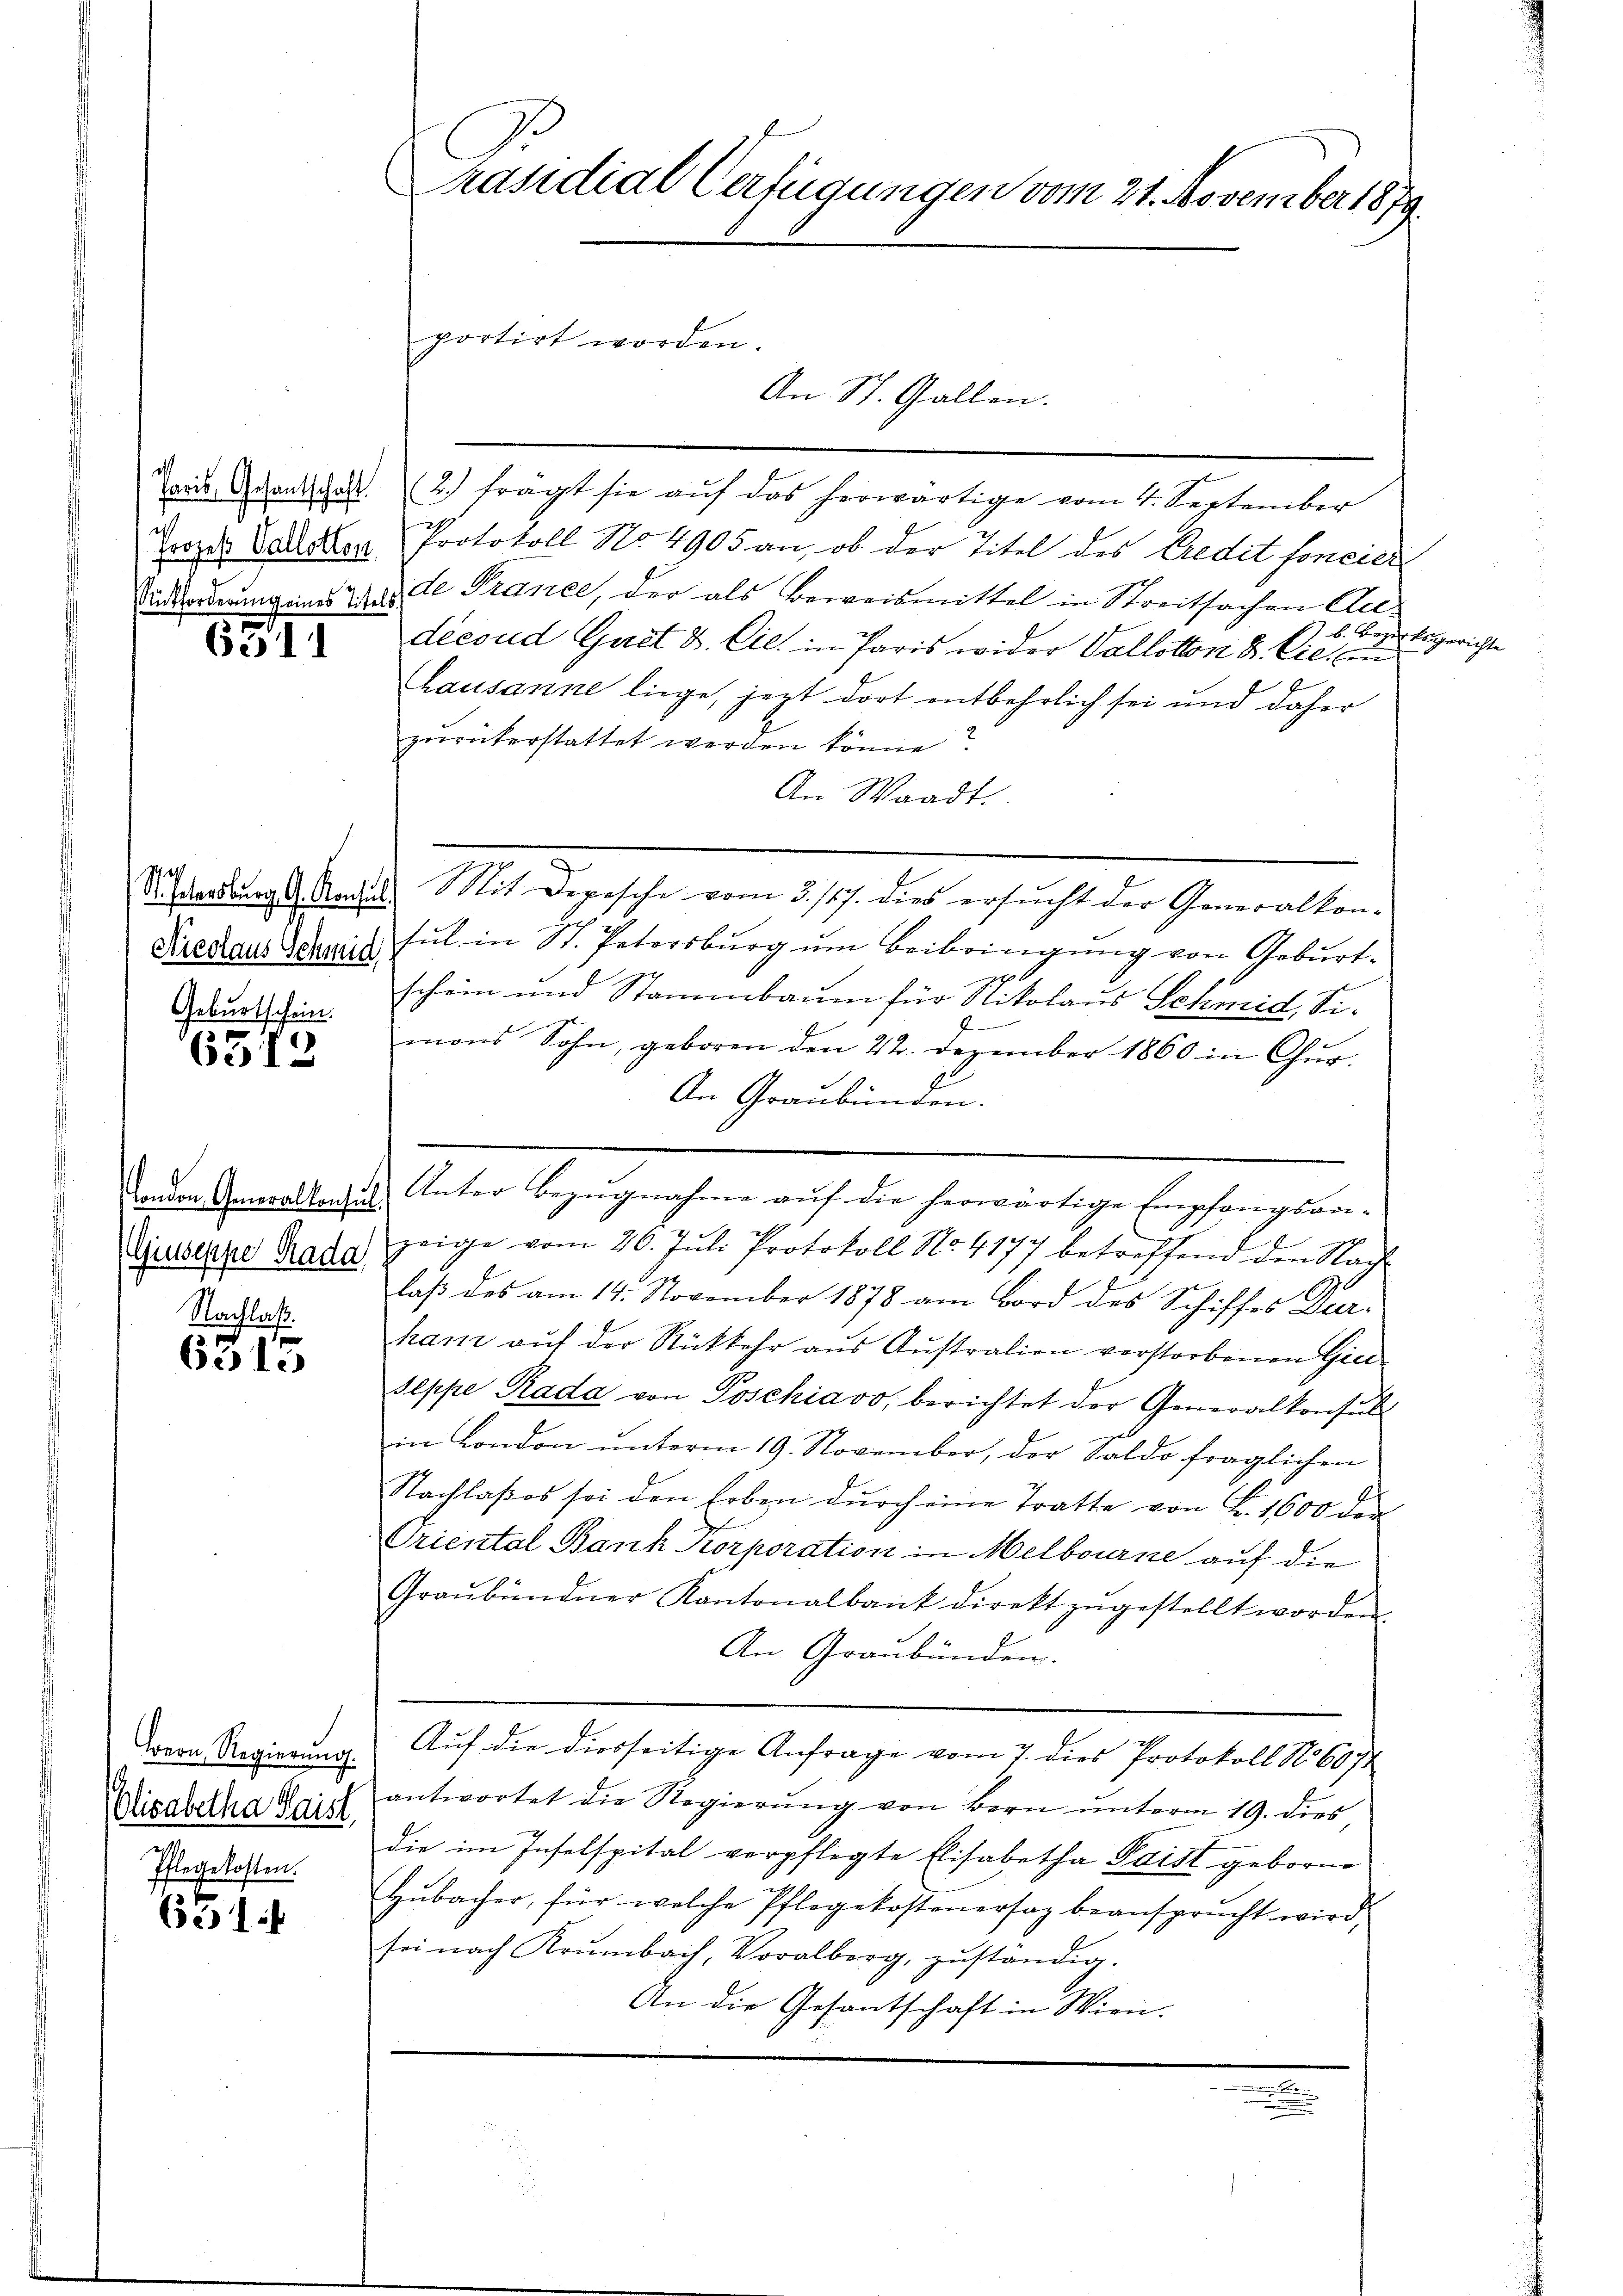
Paris, Gesantschaft
Prozeß Vallotten

6911

Nicolaus Schmid,
Geburtschein.

6312

(Giuseppe Rada
Nachlaß.

6315

Bern Regierŭng.
Olisabetha Kaist.
Pflegekosten.

631

Präsidial-Verfügungen vom 21. November 1879
portirt worden.

2.) frägt sie aŭf das herwärtige vom 4. September
Protokoll No 4905 an, ob der Titel des Credit foncili
indorderung eines das de Prance, der als Beweismittel in Streitsachen Au¬
 b. Bezirksgerichte
deesud Gut u. Cie in Paris wider Vallotton u. Cie, in
Lausanne liege, jezt dort entbehrlich sei und daher
zurükerstattet werden könne?
An Waadt.
SAadung l. Nach Mit Depesche vom 3. 127. dies ersucht der Generalkon-
sul in St. Petersburg um Beibringung von Geburt
schein und Stanabaum für Nikolaus Schmid, Sif
mons Sohn, geboren den 22. Dezember 1860 in Chur-
An Graubünden.
Laden Anmerkten Unter Bezugnahme auf die herwärtige Empfangsan-
zeige vom 26. Jŭli Protokoll No. 4177 betreffend den Nach-
laβ des am 14. November 1878 am Bord des Schiffes Dur-
han aŭf der Rückkehr aŭs Aŭstration verstorbenen Gie
E
Seppe Rada von Joschiavo, berichtet der Generalkonsul
in London ŭnterm 19. November, der Saldo fraglichen
Nachlaß es sei den Erben durch eine Tratte von F. 1600 der
Triental Bank Korporation in Melbourne auf die
Graŭbündner Kantonalbank direkt zŭgestellt worden.
An Graubünden.
Auf die diesseitige Anfrage vom 7. dies Protokoll No 607
antwortet die Regierŭng von Bern unterm 19. dies
die im Insolspital verpflegte Elisabetha Paist geborne
Hŭbacher, für welche Pflegekostenersaz beansprŭcht wird.
sei nach Krŭmbach, Voralberg, zŭständig.
An die Gesantschaft in Wien.

An St. Gallen.